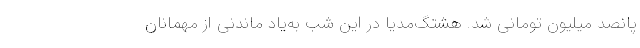
پانصد میلیون تومانی شد. هشتگ‌مدیا در این شب به‌یاد ماندنی از مهمانان